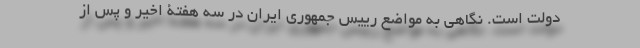
دولت است. نگاهی به مواضع رییس جمهوری ایران در سه هفتۀ اخیر و پس از